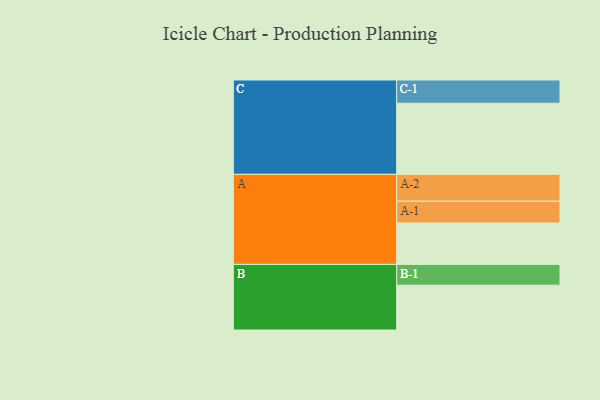
{"axis": {"x": "Segment", "y": "Value"}, "legend": ["", "A", "B", "C"], "data": [{"x": "A", "y": 347, "type": ""}, {"x": "B", "y": 376, "type": ""}, {"x": "C", "y": 596, "type": ""}, {"x": "A-1", "y": 183, "type": "A"}, {"x": "A-2", "y": 225, "type": "A"}, {"x": "B-1", "y": 174, "type": "B"}, {"x": "C-1", "y": 195, "type": "C"}]}